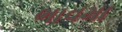
ભાવમા